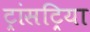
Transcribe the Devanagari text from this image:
ट्रांसट्रिया